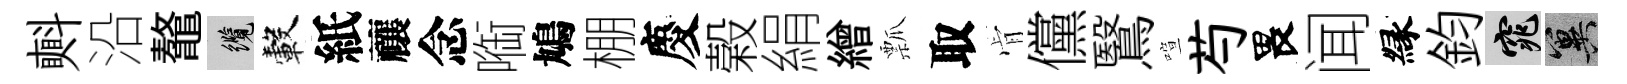
㪺沿鼇纜轂紙禳念㗸鳩棚慶榖絹繒瓢取肻儻鷖喧芍畏闻縁鈞窕冀